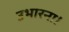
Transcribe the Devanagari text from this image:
उभारना।